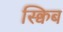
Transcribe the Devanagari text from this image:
स्क्विब